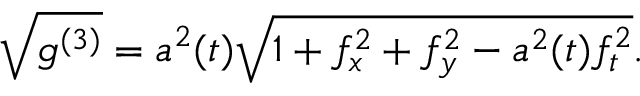
\sqrt { g ^ { ( 3 ) } } = { a ^ { 2 } ( t ) } \sqrt { 1 + f _ { x } ^ { 2 } + f _ { y } ^ { 2 } - a ^ { 2 } ( t ) f _ { t } ^ { 2 } } .